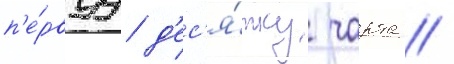
п'е́рвуу д'ес'я́тку чарта //